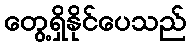
တွေ့ရှိနိုင်ပေသည်